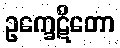
ဥက္ခေဋိတော